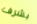
بشرف